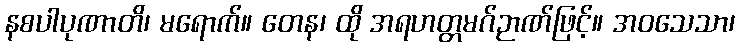
နစပါပုဏာတိ၊ မရောက်။ တေန၊ ထို အရဟတ္တမဂ်ဉာဏ်ဖြင့်။ အဝသေသာ၊